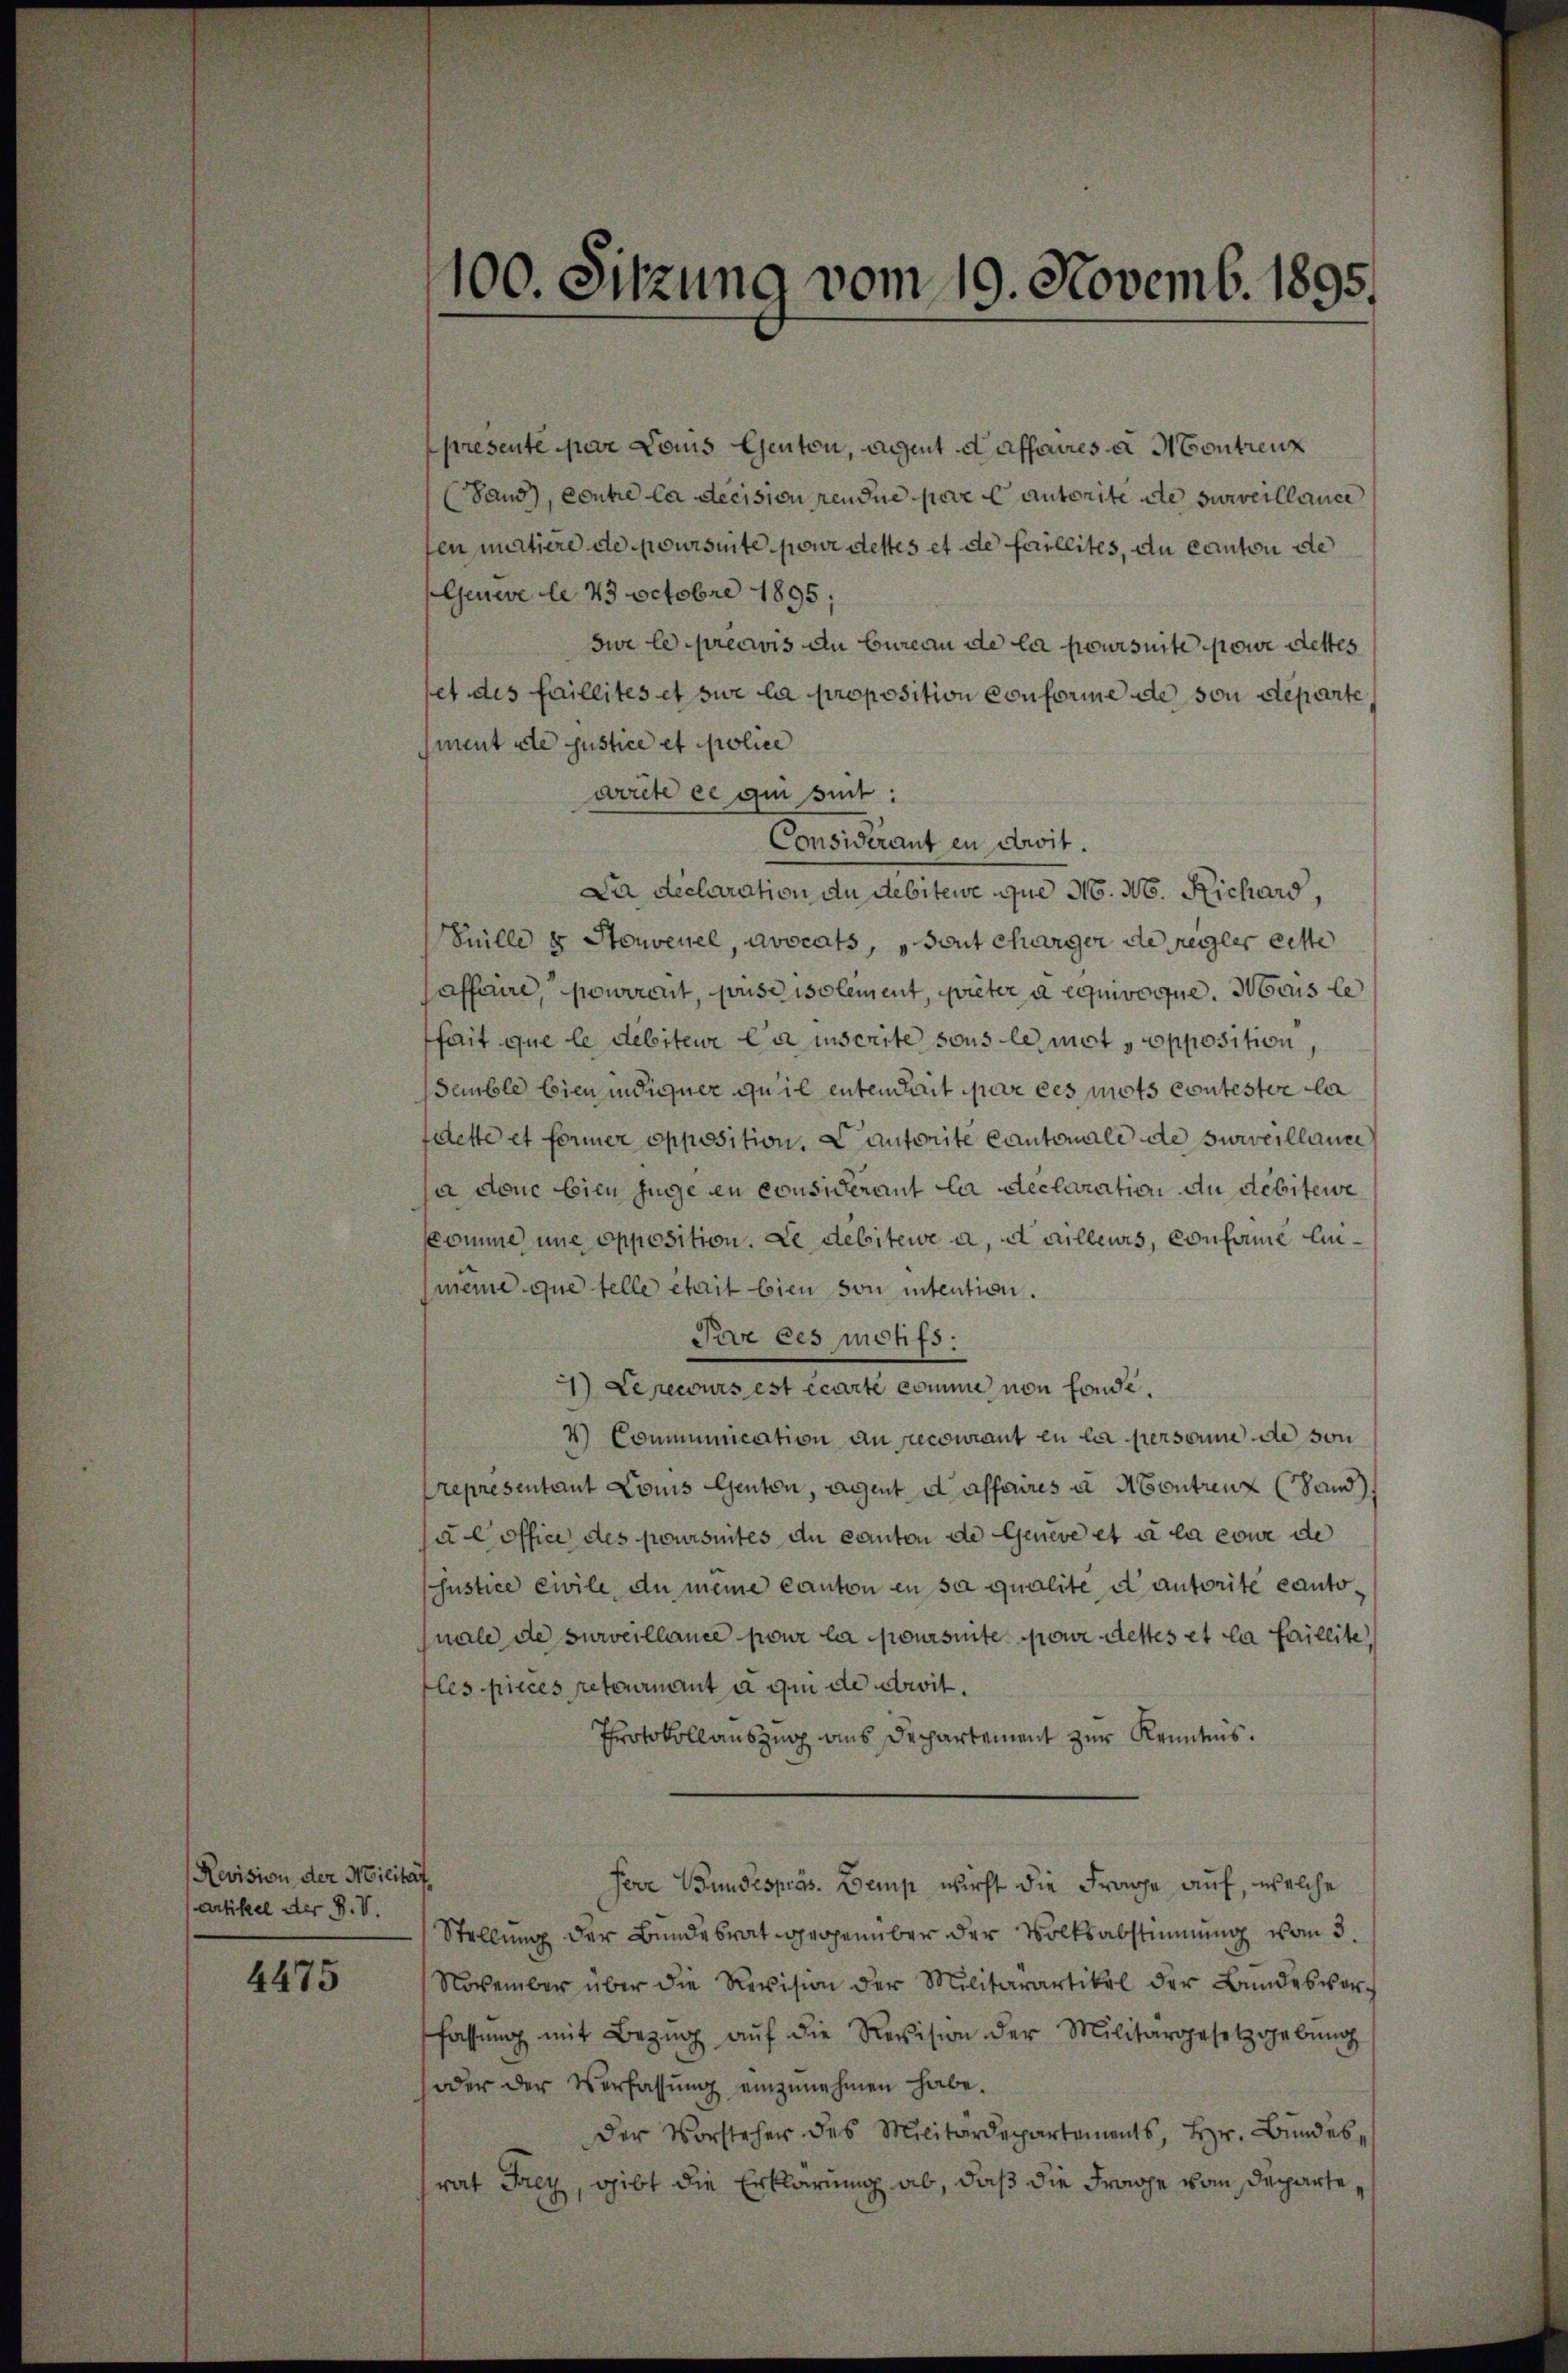
Revision der Milität,
artikel der P. V.

4475

100. Sitzung vom 19. Novemb. 1895.

presenté par Louis Genton, Agent daffaires a Montreuz
(Sand), contre la decision pendue pere Cantorite de surveillance
fen matiere de poursuite pour dettes et de faillites, du canton de
Genere le 23 Octobre 1895
sur le predivis an Bureau de la poursuite powe dettes
et des faillites et sie la proposition conforme de son departe
ment de justice et police
worte ce qui suit:
Considerant en cit.
Da declaration du debitewe que N. N. Richard,
Suille es Stonvenel, avocats, „Sont charger de regler erste
affaire, pourrent, pouse isolement, quieter a equivoque. Mais le
fait que le debiteur la inscrite sous le mot opposition,
semble bien in diener quil entendait par ces mots contester la
filette et former opposition. Lautorite Cantonale de surveillance
ja donc bien zuge en considerant la declaration an debitere
skomme une opposition. Le débitewe a, dailleurs, conforme leimeine que telle était bien von intention.
Par ces motifs.
2) Lepecours est écarte comme von fonde.
4) Communication an recourant en la personne de von
Prepresentant Louis Genton, Agent d affaires à Montrenz (Land
al office des poursuites du canton de Geneve et à la cowe de
Justice ewile, du meine Canton en sa qualité d’autorite Cantonale de surveillance pour la poursinte pour destes et la faillite
les pieces retournant à qui de cit.
Protokollauszug aus Dechartement zur Kenntnis.
sere Bundespräs. Bemp wirft die Frage auf, welche
Stellung der Bundesrat gegenüber der Volksabstimmung vom 3.
November über die Revision der Militärartikel der Bŭndesvor-
fassung mit Bezŭg aŭf die Revision der Militärgesetzgebung
oder der Verfassŭng einzŭnehmen habe.
Der Vorsteher des Militärdepartements, Hr. Bŭndes-
rat Frey, gibt die Erklärung ab, daß die Frage vom Departe¬